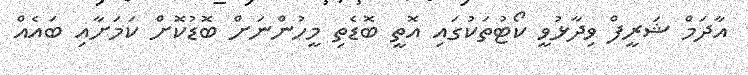
އާދަމް ޝަރީފް ވިދާޅުވީ ކޯޓުތަކުގައި އޮތީ ބޮޑެތި މީހުންނަށް ބޮޑުކޮށް ކަމަށާއި ބައެއް